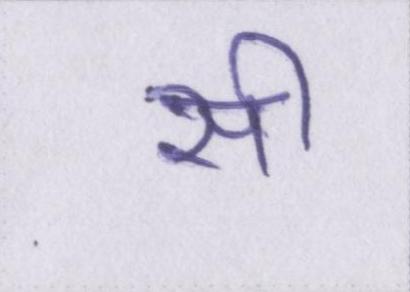
सी